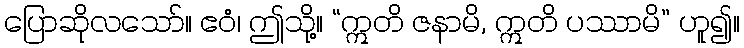
ပြောဆိုလသော်။ ဧဝံ၊ ဤသို့။ “ဣတိ ဇနာမိ, ဣတိ ပဿာမိ” ဟူ၍။